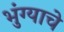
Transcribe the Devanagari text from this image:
भुंग्याचे